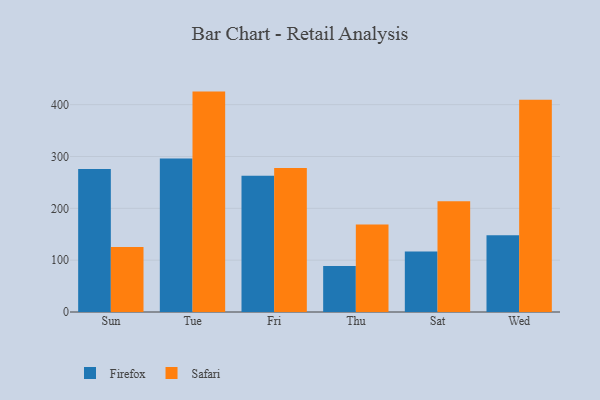
{"axis": {"x": "Day", "y": "Conversion Rate (%)"}, "legend": ["Firefox", "Safari"], "data": [{"x": "Sun", "y": 276.0, "type": "Firefox"}, {"x": "Sun", "y": 125.4, "type": "Safari"}, {"x": "Tue", "y": 296.2, "type": "Firefox"}, {"x": "Tue", "y": 425.2, "type": "Safari"}, {"x": "Fri", "y": 262.8, "type": "Firefox"}, {"x": "Fri", "y": 278.0, "type": "Safari"}, {"x": "Thu", "y": 88.7, "type": "Firefox"}, {"x": "Thu", "y": 169.0, "type": "Safari"}, {"x": "Sat", "y": 116.5, "type": "Firefox"}, {"x": "Sat", "y": 213.7, "type": "Safari"}, {"x": "Wed", "y": 148.1, "type": "Firefox"}, {"x": "Wed", "y": 409.3, "type": "Safari"}]}